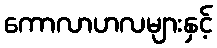
ကောလာဟလများနှင့်